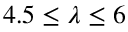
4 . 5 \leq \lambda \leq 6